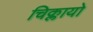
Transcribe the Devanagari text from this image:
चिक्लायो